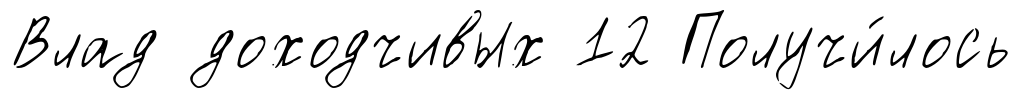
Влад доходчивых 12 Получи́лось